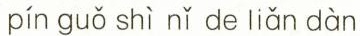
pín guǒ shì nǐ de liǎn dàn